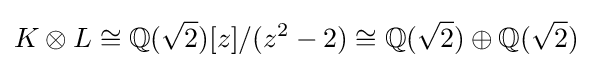
K\otimes L\cong \mathbb {Q} ({\sqrt {2}})[z]/(z^{2}-2)\cong \mathbb {Q} ({\sqrt {2}})\oplus \mathbb {Q} ({\sqrt {2}})